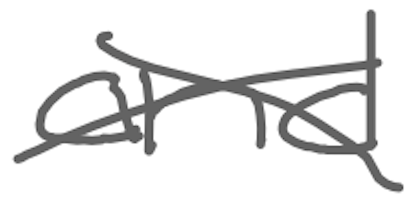
Text: and
Cross-out: cross
Writing tool: digital_gray